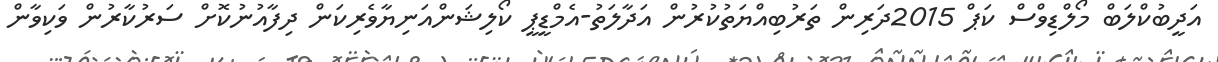
އަދީބުކްލަބް މޯލްޑިވްސް ކަޕް 2015ދަރިން ތަރުބިއްޔަތުކުރުން އަދާލަތު-އެމްޑީޕީ ކޯލިޝަންއަނިޔާވެރިކަން ދިފާއުނުކޮށް ސަރުކާރުން ވަކިވާން